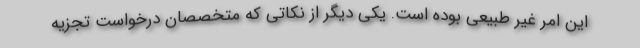
این امر غیر طبیعی بوده است. یکی دیگر از نکاتی که متخصصان درخواست تجزیه